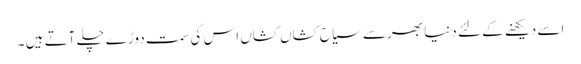
اسے دیکھنے کے لئے دنیا بھرسے سیاح کشاں کشاں اس کی سمت دوڑے چلے آتے ہیں ۔